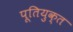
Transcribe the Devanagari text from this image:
पूतियुक्त